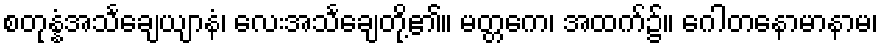
စတုန္နံအသင်္ချေယျာနံ၊ လေးအသင်္ချေတို့၏။ မတ္တကေ၊ အထက်၌။ ဂေါတနောမာနာမ၊